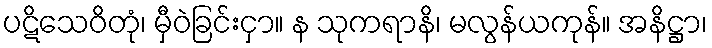
ပဋိသေဝိတုံ၊ မှီဝဲခြင်းငှာ။ န သုကရာနိ၊ မလွန်ယကုန်။ အနိဋ္ဌာ၊